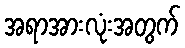
အရာအားလုံးအတွက်